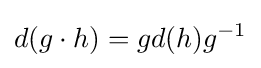
d(g\cdot h)=gd(h)g^{-1}